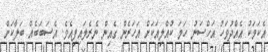
އެކަމަކު އެއްދުވަހު އަހްސަނު ހަމަ ކުއްލިއަކަށް އަހަރެން ގެއިން ނެރެލައިފިއެވެ. އެސަބަބެއް ބަލާކަށް